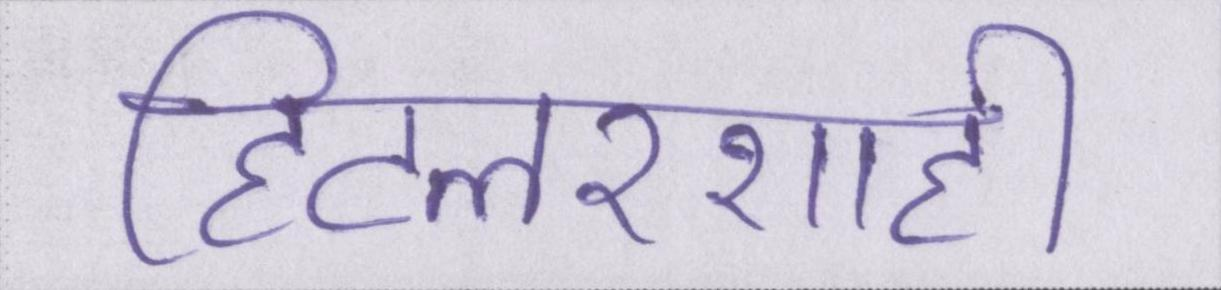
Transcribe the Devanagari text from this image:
हिटलरशाही